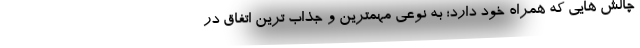
چالش هایی که همراه خود دارد؛ به نوعی مهمترین و جذاب ترین اتفاق در